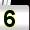
Digit: 5